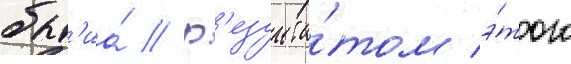
быт'иа́ // Р'езульта́том э́того